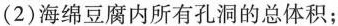
(2)海绵豆腐内所有孔洞的总体积；